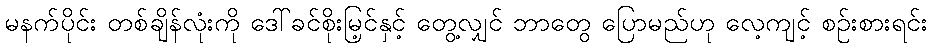
မနက်ပိုင်း တစ်ချိန်လုံးကို ဒေါ်ခင်စိုးမြ့င်နှင့် တွေ့လျှင် ဘာတွေ ပြောမည်ဟု လေ့ကျင့် စဉ်းစားရင်း